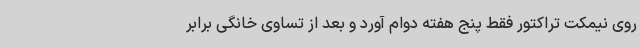
روی نیمکت تراکتور فقط پنج هفته دوام آورد و بعد از تساوی خانگی برابر